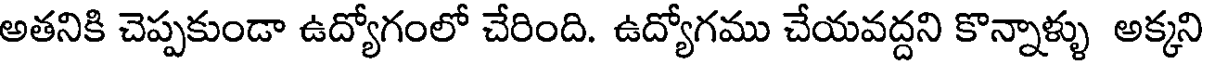
అతనికి చెప్పకుండా ఉద్యోగంలో చేరింది. ఉద్యోగము చేయవద్దని కొన్నాళ్ళు అక్కని